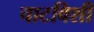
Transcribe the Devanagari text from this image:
चाटविशी